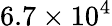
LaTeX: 6.7\times 10^{4}